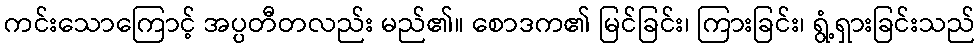
ကင်းသောကြောင့် အပ္ပတီတလည်း မည်၏။ စောဒက၏ မြင်ခြင်း၊ ကြားခြင်း၊ ရွံ့ရှားခြင်းသည်